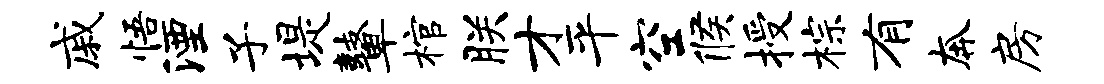
戚悟湮子堤鼙棺朕才平空候授棕有奔房